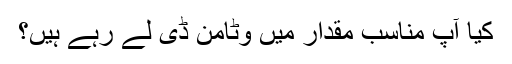
کیا آپ مناسب مقدار میں وٹامن ڈی لے رہے ہیں؟